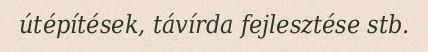
útépítések, távírda fejlesztése stb.